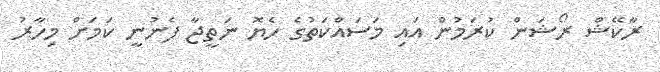
ރާކޭޝް ރޯޝަން ކުރަމުން އައި މަސައްކަތުގެ ހެޔޮ ނަތީޖާ ފެނުނީ ކަމަށް މިހާރު